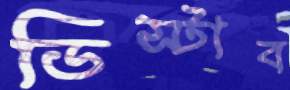
ডিস্টাব